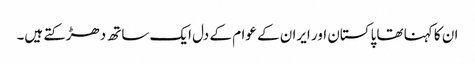
ان کا کہنا تھا پاکستان اور ایران کے عوام کے دل ایک ساتھ دھڑکتے ہیں۔